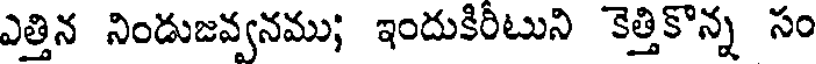
ఎత్తిన నిండుజవ్వనము; ఇందుకిరీటుని కెత్తికొన్న సం